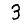
Digit: 3